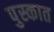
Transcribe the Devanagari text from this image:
पुस्कात